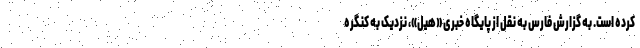
کرده است. به گزارش فارس به نقل از پایگاه خبری «هیل»، نزدیک به کنگره